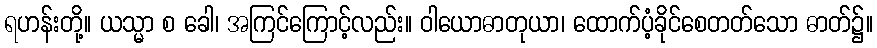
ရဟန်းတို့။ ယသ္မာ စ ခေါ၊ အကြင်ကြောင့်လည်း။ ဝါယောဓာတုယာ၊ ထောက်ပံ့ခိုင်စေတတ်သော ဓာတ်၌။